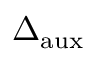
\Delta _ { \mathrm { { a u x } } }